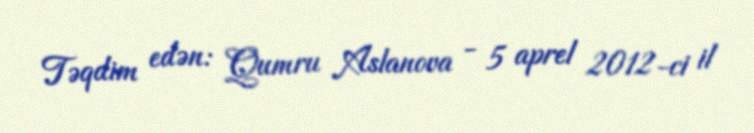
Təqdim edən: Qumru Aslanova - 5 aprel 2012-ci il